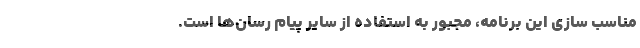
مناسب سازی این برنامه، مجبور به استفاده از سایر پیام رسان‌ها است.